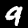
Label: 9